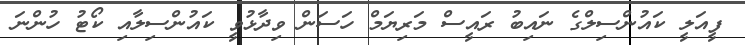
ފީއަލީ ކައުންސިލްގެ ނައިބު ރައީސް މަރިޔަމް ހަސަން ވިދާޅުވީ ކައުންސިލާއި ކޯޓު ހުންނަ